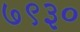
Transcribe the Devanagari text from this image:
७९३०